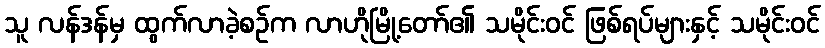
သူ လန်ဒန်မှ ထွက်လာခဲ့စဉ်က လာဟိုမြို့တော်၏ သမိုင်းဝင် ဖြစ်ရပ်များနှင့် သမိုင်းဝင်